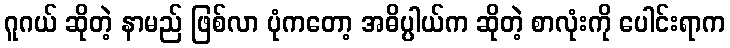
ဂူဂယ် ဆိုတဲ့ နာမည် ဖြစ်လာ ပုံကတော့ အဓိပ္ပါယ်က ဆိုတဲ့ စာလုံးကို ပေါင်းရာက